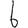
Digit: 6